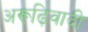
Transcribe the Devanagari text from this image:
अरूढ़िवादी